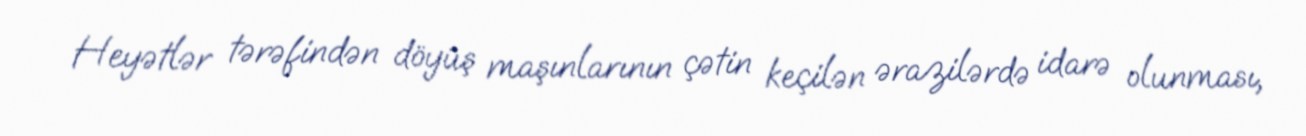
Heyətlər tərəfindən döyüş maşınlarının çətin keçilən ərazilərdə idarə olunması,